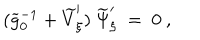
LaTeX: ( \widetilde g _ { 0 } ^ { - 1 } + \widetilde V _ { \xi } ^ { \prime } ) \ \widetilde \Psi _ { \xi } ^ { \prime } \ = \ 0 \ ,